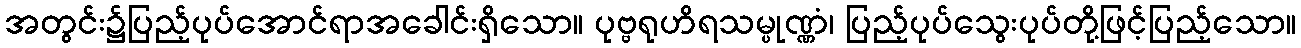
အတွင်း၌ပြည့်ပုပ်အောင်ရာအခေါင်းရှိသော။ ပုဗ္ဗရုဟိရသမ္ပုဏ္ဏံ၊ ပြည့်ပုပ်သွေးပုပ်တို့ဖြင့်ပြည့်သော။